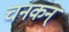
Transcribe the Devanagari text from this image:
चनकन्